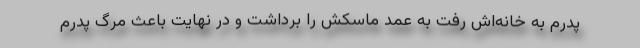
پدرم به خانه‌اش رفت به عمد ماسکش را برداشت و در نهایت باعث مرگ پدرم